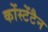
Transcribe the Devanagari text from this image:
कोंस्टेंटैन